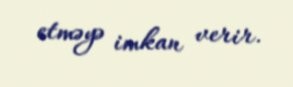
etməyə imkan verir.